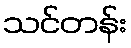
သင်တန်း